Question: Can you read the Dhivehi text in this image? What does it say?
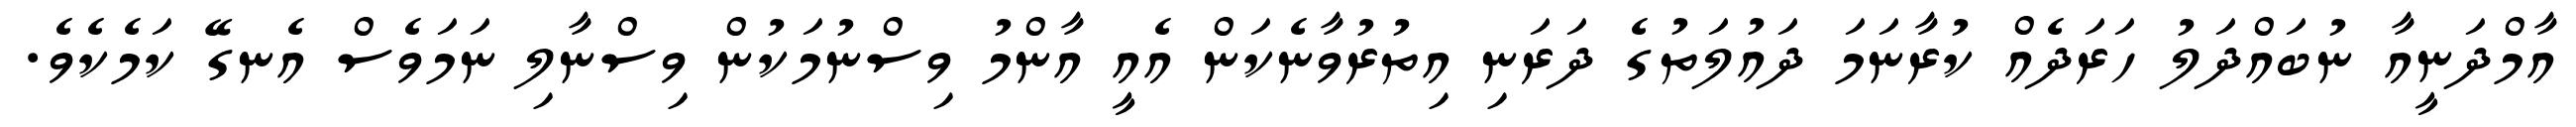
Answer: އާމްދަނީއާ ނުބައްދަލު ހަރަދެއް ކުރާނަމަ ދައުލަތުގެ ދަރަނި އިތުރުވާނެކަން އެއީ އާންމު ވިސްނުމަކުން ވިސްނާލި ނަމަވެސް އެނގޭ ކަމެކެވެ.